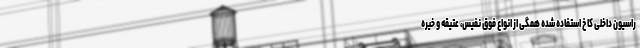
راسیون داخلی کاخ استفاده شده همگی از انواع فوق نفیس، عتیقه و خیره